Problem: 49 + 22 = ?
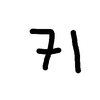
Handwritten answer: 71